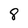
Character: 8